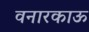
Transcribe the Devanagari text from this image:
वनारकाऊ